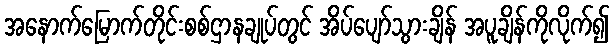
အနောက်မြောက်တိုင်းစစ်ဌာနချုပ်တွင် အိပ်ပျော်သွားချိန် အပူချိန်ကိုလိုက်၍